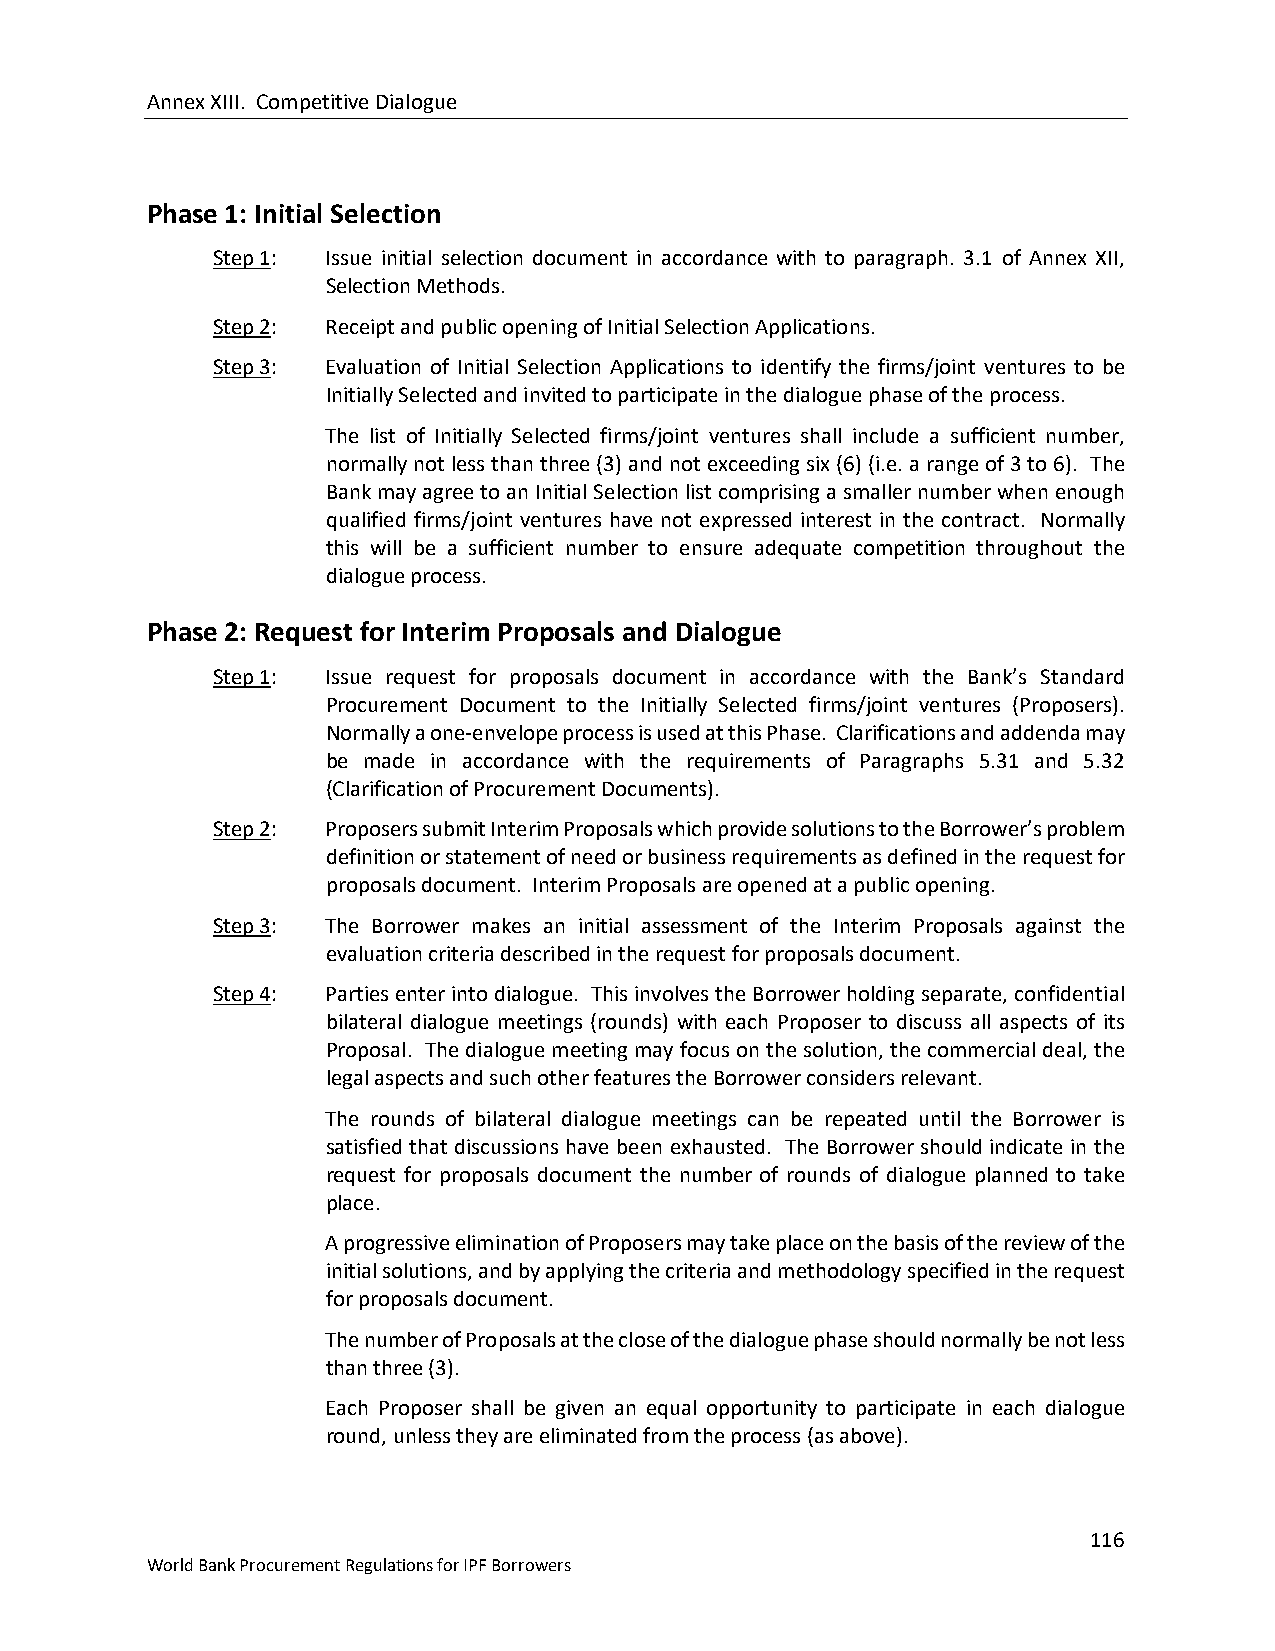
Annex XIII. Competitive Dialogue
 Phase 1: Initial Selection
 Step 1: Issue initial selection document in accordance with to paragraph. 3.1 of Annex XII,
 Selection Methods.
 Step 2: Receipt and public opening of Initial Selection Applications.
 Step 3: Evaluation of Initial Selection Applications to identify the firms/joint ventures to be
 Initially Selected and invited to participate in the dialogue phase of the process.
 The list of Initially Selected firms/joint ventures shall include a sufficient number,
 normally not less than three (3) and not exceeding six (6) (i.e. a range of 3 to 6). The
 Bank may agree to an Initial Selection list comprising a smaller number when enough
 qualified firms/joint ventures have not expressed interest in the contract. Normally
 this will be a sufficient number to ensure adequate competition throughout the
 dialogue process.
 Phase 2: Request for Interim Proposals and Dialogue
 Step 1: Issue request for proposals document in accordance with the Bank’s Standard
 Procurement Document to the Initially Selected firms/joint ventures (Proposers).
 Normally a one-envelope process is used at this Phase. Clarifications and addenda may
 be made in accordance with the requirements of Paragraphs 5.31 and 5.32
 (Clarification of Procurement Documents).
 Step 2: Proposers submit Interim Proposals which provide solutions to the Borrower’s problem
 definition or statement of need or business requirements as defined in the request for
 proposals document. Interim Proposals are opened at a public opening.
 Step 3: The Borrower makes an initial assessment of the Interim Proposals against the
 evaluation criteria described in the request for proposals document.
 Step 4: Parties enter into dialogue. This involves the Borrower holding separate, confidential
 bilateral dialogue meetings (rounds) with each Proposer to discuss all aspects of its
 Proposal. The dialogue meeting may focus on the solution, the commercial deal, the
 legal aspects and such other features the Borrower considers relevant.
 The rounds of bilateral dialogue meetings can be repeated until the Borrower is
 satisfied that discussions have been exhausted. The Borrower should indicate in the
 request for proposals document the number of rounds of dialogue planned to take
 place.
 A progressive elimination of Proposers may take place on the basis of the review of the
 initial solutions, and by applying the criteria and methodology specified in the request
 for proposals document.
 The number of Proposals at the close of the dialogue phase should normally be not less
 than three (3).
 Each Proposer shall be given an equal opportunity to participate in each dialogue
 round, unless they are eliminated from the process (as above).
 116
 World Bank Procurement Regulations for IPF Borrowers